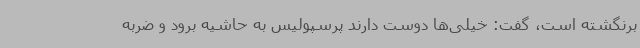
برنگشته است، گفت: خیلی‌ها دوست دارند پرسپولیس به حاشیه برود و ضربه